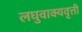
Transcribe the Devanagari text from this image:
लघुवाक्यवृत्ती